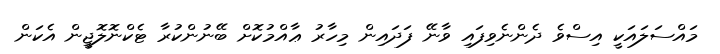
މައްސަލައަކީ އިސްވެ ދެންނެވިފައި ވާނޭ ފަދައިން މިހާރު ޢާއްމުކޮށް ބޭނުންކުރާ ޓެކްނޮލޮޖީން އެކަން